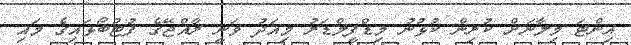
އިންޓަ މިލާނަށް ކުރިން ކުޅުނު މިޑްފީލްޑަރު މިއަދު ވަނީ ރާއްޖޭގެ ފުޓުބޯޅައިގެ މައި